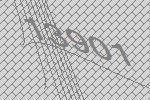
13901